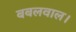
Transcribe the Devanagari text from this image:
बबलवाल।